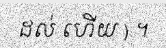
ដល់ ហើយ ) ។